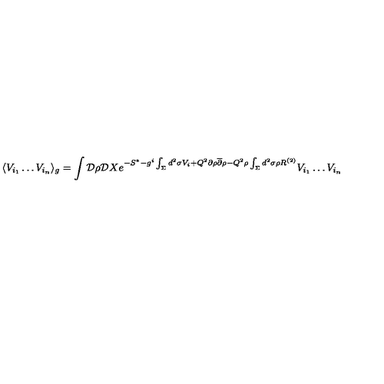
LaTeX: \langle V _ { i _ { 1 } } \dots V _ { i _ { n } } \rangle _ { g } = \int { \cal D } \rho { \cal D } X e ^ { - S ^ { * } - g ^ { i } \int _ { \Sigma } d ^ { 2 } \sigma V _ { i } + Q ^ { 2 } \partial \rho { \overline { \partial } } \rho - Q ^ { 2 } \rho \int _ { \Sigma } d ^ { 2 } \sigma \rho R ^ { ( 2 ) } } V _ { i _ { 1 } } \dots V _ { i _ { n } }